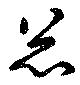
忩